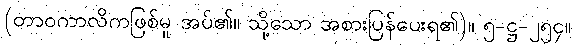
(တာဝကာလိကဖြစ်မူ အပ်၏။ သို့သော အစားပြန်ပေးရ၏)။ ၅-ဋ္ဌ-၂၅၄။